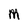
Character: M